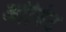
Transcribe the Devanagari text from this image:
ओर्बिट